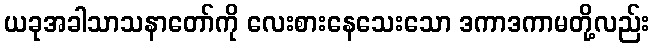
ယခုအခါသာသနာတော်ကို လေးစားနေသေးသော ဒကာဒကာမတို့လည်း